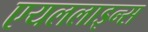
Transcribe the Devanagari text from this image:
एयललाइन्स